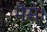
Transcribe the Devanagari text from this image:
भैंसे।